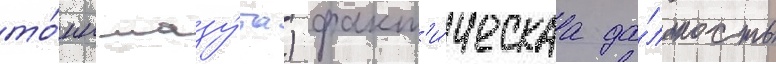
то́нн мазу́та) факт'и́ческаа да́льность